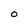
Character: 0